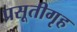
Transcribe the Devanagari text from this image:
प्रसूतीगृह